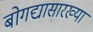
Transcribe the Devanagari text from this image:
बोगद्यासारख्या